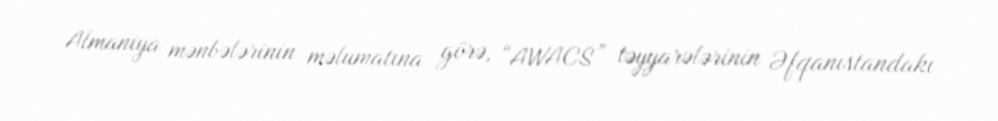
Almaniya mənbələrinin məlumatına görə, “AWACS” təyyarələrinin Əfqanıstandakı